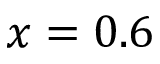
x = 0 . 6